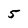
Character: 5